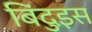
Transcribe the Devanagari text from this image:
बिंदुइस